[Report on the health of British troops in the Madras command]
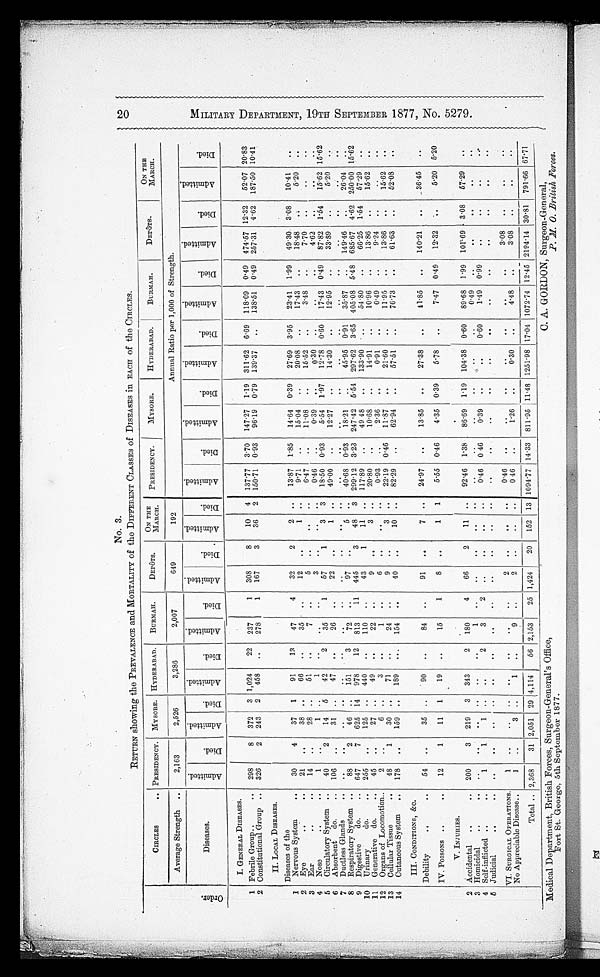
2 0
M I L I T A R Y D E P A R T M E N T , 1 9 T H s E P T E M B E R 1 8 7 7 , N o . 5 2 7 9 .
H
H
00
0
No. 3.
RETURN showing the PREVALENCE and MORTALITY Of the DIFFERENT CLASSES of DISEASES in EACH of the CIRCLES.
O r d e r .
CIRCLES
. . PRESIDENCY. MYSORE. HYDERABAD.
B U R M A H .
DEPÔTS.
ON THE
MARCH.
PRESIDENCY.
MYSORE.
HYDERABAD.
BURMAH.
DEPÔTS.
ON THE
MARCH .
Average Strength ..
2,163
2,526
3,286
2,007
649
192
Annual Ratio per 1,000 of Strength.
Diseases.
A d m i t t e d .
D i e d .
A d m i t t e d .
D i e d .
A d m i t t e d .
Died.
A d m i t t e d .
D i e d .
A d m i t t e d .
D i e d .
A d m i t t e d .
D i e d .
A d m i t t e d .
D i e d .
A d m i t t e d .
D i e d .
A d m i t t e d .
D i e d .
A d m i t t e d .
D i e d .
A d m i t t e d .
D i e d .
A d m i t t e d .
D i e d .
I. GENERAL DISEASES.
1 Febrile Group . .
.. 298
8 372 3 1,024
22 237
1 308
8
10 4 137.77 3.70 147.27 1.19 311.62 6.69 118.09 0.49
4 7 4 . 5 7 12.32
52.07 20.83
2 Constitutional Group .. 326
2 243 2 458 ..
278
1 167
3
36 2
1 5 0 . 7 1
0. 93 96.19 0.79
1 3 9 . 3 7 ..
138.51 0.49 257.31 4.62 187.50 10.41
II. LOCAL DISEASES.
Diseases of the
1 Nervous System
..
30
4
37 1
91
13
47
4
32
2
2 ..
13.87 1.85
14.64 0.39
27.69 3.95
23.41 1.99
49.30
3.08
10. 41
. .
2 Eye
..
..
21
. . 38 ..
66
..
35
..
1 2 . .
1 ..
9 . 7 1 ..
15.04
..
20.08
..
1 7 . 4 3 ..
18.48
..
5.20
..
3 Ear
..
. .
14
. . 28 ..
51
. .
7
..
5
..
..
..
6.47
..
11. 08 ..
15.52
. .
3.48 ..
7.70
. . ..
. .
4 Nose
..
..
1
..
1 . .
1 ..
. . ..
3 ..
..
..
0.46
..
0.39
..
0 . 3 0 .. ..
..
4.62 .. ..
. .
5 Circulatory System ..
40
2
14 5
42
2
35
1
57
1
3 3
18.50 0.93
5.54 1.97
1 2 . 7 8
0.60 17.43
0 . 4 9 87.82 1.54
15.62 15.62
6 Absorben tdo.
.. 106 ..
31 ..
47 ..
26 ..
22
. .
1
. . 49.00 ..
12.27
..
14.30
..
12.95
..
33.89
..
5.20
. .
7 Ductless Glands
. .
. .
..
. .
. .
. .
..
. .
..
. .
. .
. .
. .
..
. .
. .
. . ..
. . ..
. . ..
. . ..
. .
8 Respiratory System ..
88
2
46
. . 151
3
72
. .
97
. .
5 ..
40.68 0.93
18.21
..
45.95 0.91
3 5 . 8 7 ..
149.46
. .
26.04
..
9 Digestive
do.
.. 647
7 625 14 978
12 813
11 445
3
48 3 299.12 3.23 247.42 5.54 297.62 3.65
4 0 5 . 0 8 5.48
6 8 5 . 6 7
4.62 250.00 15.62
10 Urinary
do.
.. 255 ..
125
. . 440
..
110 ..
43
1
11
. . 117.89
..
49 48
..
133.90 ..
54.80
..
66.25
1.54 57.29
..
11 Generative do.
..
45
..
27
. .
49
..
22 ..
9 ..
3 ..
20.80
..
10. 68 ..
14.91
..
10.96
..
13.86
. .
15.62
. .
12 Organs of Locomotion..
2
. .
6
. .
3
..
1
..
6
..
..
..
0.93 ..
2 . 3 6 . . .
0 . 9 1
. .
0.49
..
9 . 2 4 .. ..
..
13 Cellular Tissue
..
48
1
30
. .
71
..
24 ..
9
. .
3
. . 22.19 0.46
11.87
..
21.60
..
11.95
..
13.86 ..
15.62
..
14 Cutaneous System .. 178 ..
159
. . 189
. . 154
..
40
. .
10 ..
82.29
. ,
62. 94 ..
5 7 . 5 1 ..
7 6 . 7 3 ..
61.63
..
52.08
..
III. CONDITIONS, &C.
Debility
. .
. .
54
. .
35 ..
90
..
84 ..
91
..
7
. . 24.97
..
13. 85 ..
27.38
..
11.85
..
140.21
..
36.45
..
IV. POISONS ..
..
12
1
11 1
19
..
15
1
8
..
1 1
5.55 0.46
4.35
0.39
5.78 ..
7 . 4 7 0.49
12.32
..
5.20 5.20
V. INJURIES.
2 Accidental ..
.. 200
3 219 3 343
2 180
4
66
2
11 ..
92.46 1.38
86.69 1.19 104.38 0.60
8 9 . 6 8 1.99 101.69 3.08
57.29
..
3 Homicidal
..
. .
. .
. .
. .
. .
. .
. .
1
. .
. .
. .
. .
. .
..
..
..
..
..
..
0.49
. .
..
..
..
..
4 Self-inflicted ..
. .
1
1
1 ..
..
2
3
2
. .
. .
. . ..
0.46 0.46
0.39
. . 0.60
1.49 0.99
..
..
..
. .
5 Judicial
..
. .
. .
. .
. .
. .
. .
. .
. .
..
. .
. .
. .
. . ..
. . ..
..
..
. . ..
. .
. .
. .
. .
. .
VI. SURGICAL OPERATIONS.
1
..
..
..
. .
. .
. .
..
2
. .
. . ..
0.46
..
..
.. ..
. . ..
3 . 0 8 ..
. .
. .
No Appreciable Disease . .
1
..
3 ..
1
..
9
..
2
. .
. . . .
0.46
..
1.26
..
0.30
..
4.48
. .
3.08
. .
..
. .
Total .. 2,368
31 2,051 29 4,114
56 2,153 25 1,424
20 152 13 1094.77
1 4 . 3 3 811.95 11.48 1251.98 17.04 1072.74
1 2 . 4 5 2194.14 30.81 791.66 67.71
.
-
Medical Department, British Forces, Surgeon-General's Office, C . A . G O R D O N , S u r g e o n - G e n e r a l ,
Fort St. George, 5th September 1877.
P. M. 0. British Forces.